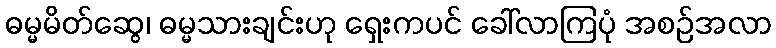
ဓမ္မမိတ်ဆွေ၊ ဓမ္မသားချင်းဟု ရှေးကပင် ခေါ်လာကြပုံ အစဉ်အလာ